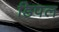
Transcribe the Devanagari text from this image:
डिपल